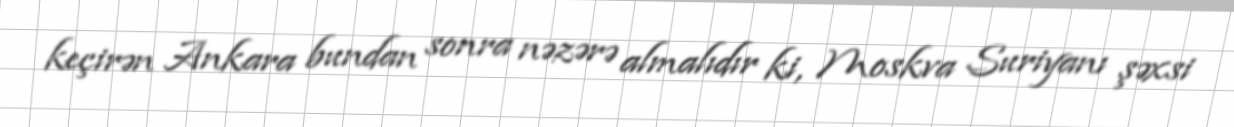
keçirən Ankara bundan sonra nəzərə almalıdır ki, Moskva Suriyanı şəxsi